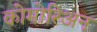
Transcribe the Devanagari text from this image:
कोमोरिअन